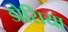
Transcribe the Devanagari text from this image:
डोसिया